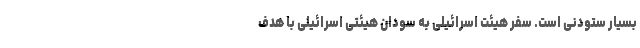
بسیار ستودنی است. سفر هیئت اسرائیلی به سودان هیئتی اسرائیلی با هدف